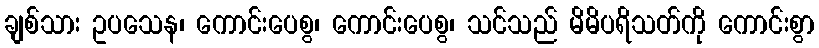
ချစ်သား ဥပသေန၊ ကောင်းပေစွ၊ ကောင်းပေစွ၊ သင်သည် မိမိပရိသတ်ကို ကောင်းစွာ